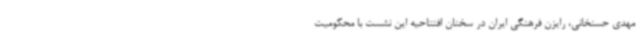
مهدی حسنخانی، رایزن فرهنگی ایران در سخنان افتتاحیه این نشست با محکومیت